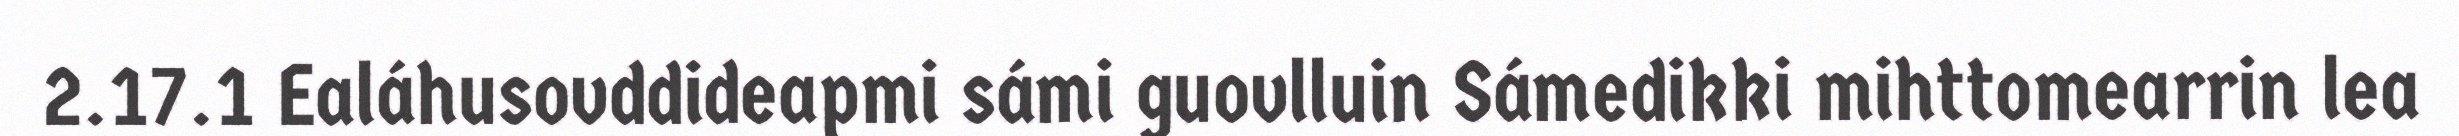
2.17.1 Ealáhusovddideapmi sámi guovlluin Sámedikki mihttomearrin lea